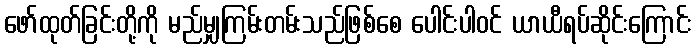
ဖော်ထုတ်ခြင်းတို့ကို မည်မျှကြမ်းတမ်းသည်ဖြစ်စေ ပေါင်းပါဝင် ယာယီရပ်ဆိုင်းကြောင်း